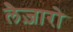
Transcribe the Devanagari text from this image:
लैज़ारो